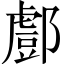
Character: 𨞘